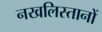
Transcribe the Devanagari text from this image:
नखलिस्तानों